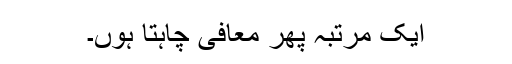
ایک مرتبہ پھر معافی چاہتا ہوں۔